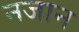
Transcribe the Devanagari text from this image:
नजान